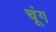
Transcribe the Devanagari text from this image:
चूंग